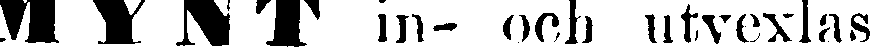
MYNT in- och utvexlas